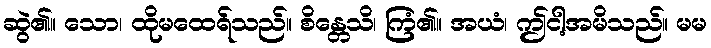
ဆွဲ၏။ သော၊ ထိုမထေရ်သည်။ စိန္တေသိ၊ ကြံ၏။ အယံ၊ ဤငါ့အမိသည်။ မမ